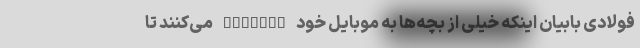
فولادی بابیان اینکه خیلی از بچه‌ها به موبایل خود Hotspot می‌کنند تا